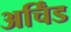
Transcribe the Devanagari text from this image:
अर्चिंड